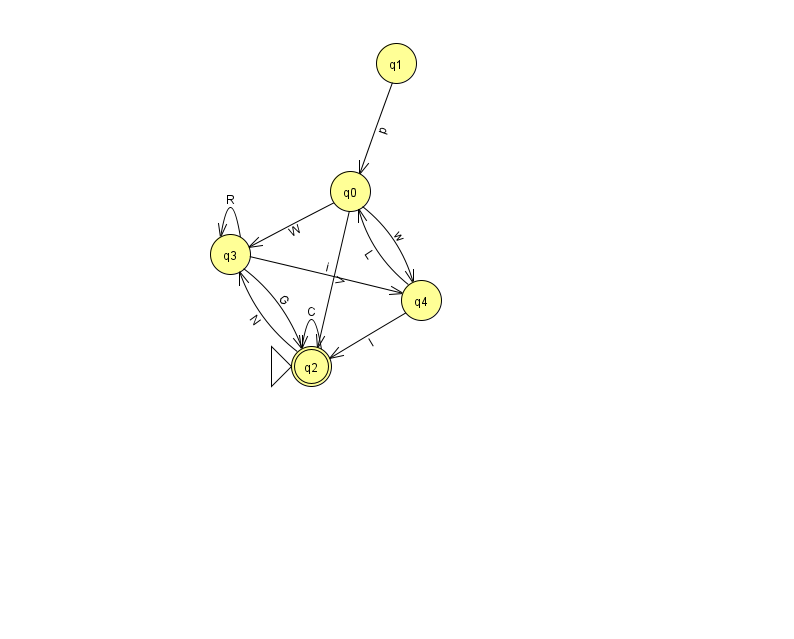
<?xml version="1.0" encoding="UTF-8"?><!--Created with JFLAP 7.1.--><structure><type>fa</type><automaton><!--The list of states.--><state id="0" name="q0"><x>350.0</x><y>178.0</y></state><state id="1" name="q1"><x>396.0</x><y>50.0</y></state><state id="2" name="q2"><x>311.0</x><y>353.0</y><initial/><final/></state><state id="3" name="q3"><x>230.0</x><y>241.0</y></state><state id="4" name="q4"><x>421.0</x><y>287.0</y></state><!--The list of transitions.--><transition><from>0</from><to>3</to><read>W</read></transition><transition><from>3</from><to>2</to><read>G</read></transition><transition><from>3</from><to>3</to><read>R</read></transition><transition><from>0</from><to>4</to><read>w</read></transition><transition><from>2</from><to>2</to><read>C</read></transition><transition><from>0</from><to>2</to><read>V</read></transition><transition><from>1</from><to>0</to><read>p</read></transition><transition><from>2</from><to>3</to><read>N</read></transition><transition><from>4</from><to>0</to><read>L</read></transition><transition><from>3</from><to>4</to><read>i</read></transition><transition><from>4</from><to>2</to><read>I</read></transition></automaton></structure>